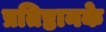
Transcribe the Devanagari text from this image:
प्रतिष्ठानके